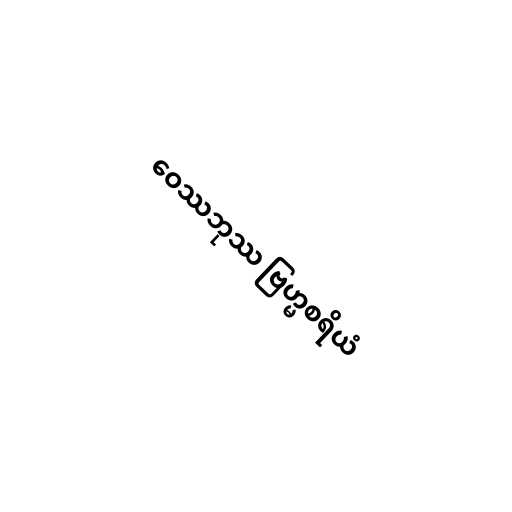
ဝေဿဘုဿ ဗြဟ္မစရိယံ